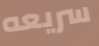
سريعه